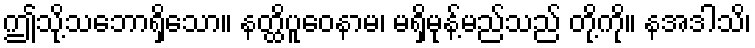
ဤသို့သဘောရှိသော။ နတ္ထိပူဝေနာမ၊ မရှိမုန့်မည်သည် တို့ကို။ နအဒါသိ၊